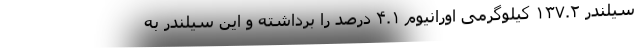
سیلندر ۱۳۷.۲ کیلوگرمی اورانیوم ۴.۱ درصد را برداشته و این سیلندر به